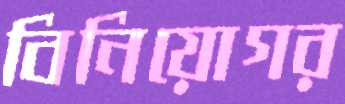
বিনিয়োগর